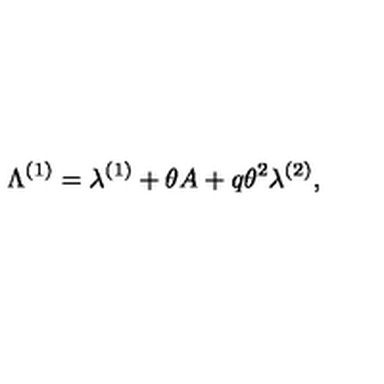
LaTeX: \Lambda ^ { ( 1 ) } = \lambda ^ { ( 1 ) } + \theta A + q \theta ^ { 2 } \lambda ^ { ( 2 ) } ,